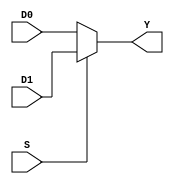
module mux21( D0, D1, S, Y); // D0, D1 are the inputs, S is the read, Y is the output
    input wire D0, D1, S;
    output reg Y;

    always @(D0 or D1 or S)
    begin

        if(S) 
        Y= D1;
        else
        Y=D0;

    end

endmodule